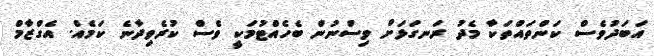
އަބަދުވެސް ކަންތައްތަކާ މެދު ރަނގަޅަށް ވިސްނުން ބެހެއްޓުމަކީ ވެސް ކުރެވިދާނެ ކަމެއް. އެގްޒާމް